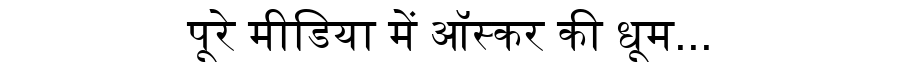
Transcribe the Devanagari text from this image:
पूरे मीडिया में ऑस्कर की धूम...